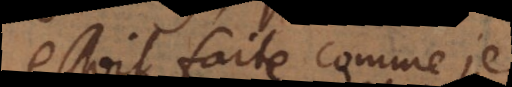
estoit faite comme je